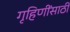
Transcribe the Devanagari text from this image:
गृहिणींसाठी